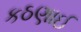
કઠણાઈ